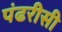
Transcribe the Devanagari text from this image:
पंढरीसी